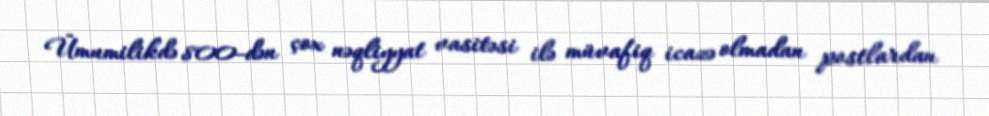
Ümumilikdə 800-dən çox nəqliyyat vasitəsi ilə müvafiq icazə olmadan postlardan